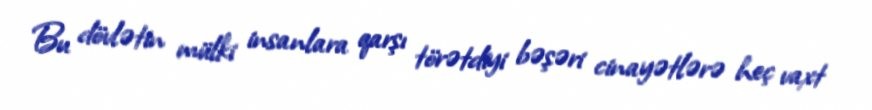
Bu dövlətin mülki insanlara qarşı törətdiyi bəşəri cinayətlərə heç vaxt